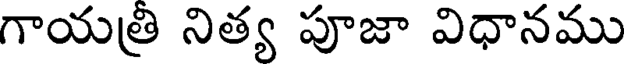
గాయత్రి నిత్య పూజా విధానము